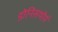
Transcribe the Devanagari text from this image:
डोनिसथोर्प